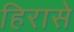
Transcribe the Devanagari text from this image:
हिरासे